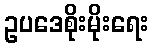
ဥပဒေစိုးမိုးရေး